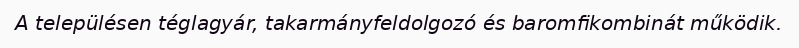
A településen téglagyár, takarmányfeldolgozó és baromfikombinát működik.